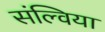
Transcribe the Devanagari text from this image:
संल्विया